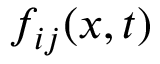
f _ { i j } ( x , t )